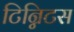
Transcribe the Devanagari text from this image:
टिन्निटस